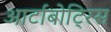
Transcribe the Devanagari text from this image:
आर्टाबोट्रिस